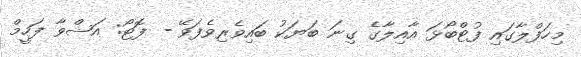
މިހަފްލާގައި ފުޓްބޯޅަ އާއިލާގެ ގިނަ ބަޔަކު ބައިވެރިވެފަވޭ - ފޮޓޯ: އަޝްވާ ފަހީމް